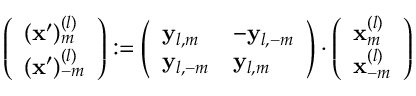
\left( \begin{array} { l } { ( \mathbf { x } ^ { \prime } ) _ { m } ^ { ( l ) } } \\ { ( \mathbf { x } ^ { \prime } ) _ { - m } ^ { ( l ) } } \end{array} \right) : = \left( \begin{array} { l l } { \mathbf { y } _ { l , m } } & { - \mathbf { y } _ { l , - m } } \\ { \mathbf { y } _ { l , - m } } & { \mathbf { y } _ { l , m } } \end{array} \right) \cdot \left( \begin{array} { l } { \mathbf { x } _ { m } ^ { ( l ) } } \\ { \mathbf { x } _ { - m } ^ { ( l ) } } \end{array} \right)